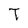
Character: T